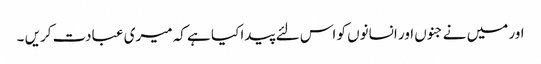
اور میں نے جنوں اور انسانوں کو اس لئے پیدا کیا ہے کہ میری عبادت کریں ۔